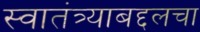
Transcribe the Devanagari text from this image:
स्वातंत्र्याबद्दलचा